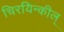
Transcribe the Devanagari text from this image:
चिरयिन्कील्